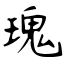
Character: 瑰